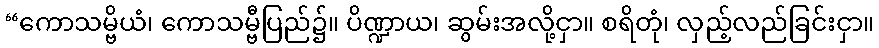
“ကောသမ္ဗိယံ၊ ကောသမ္ဗီပြည်၌။ ပိဏ္ဍာယ၊ ဆွမ်းအလို့ငှာ။ စရိတုံ၊ လှည့်လည်ခြင်းငှာ။